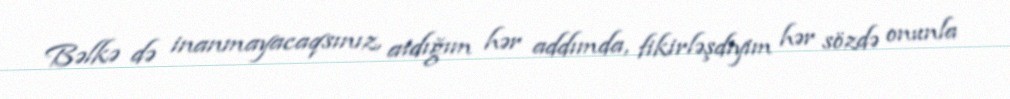
Bəlkə də inanmayacaqsınız, atdığım hər addımda, fikirləşdiyim hər sözdə onunla